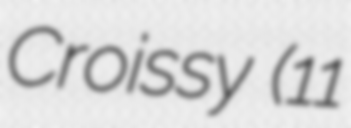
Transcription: Croissy (11